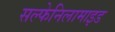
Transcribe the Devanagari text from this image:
सल्फेनिलामाइड